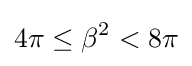
4\pi \leq \beta ^{2}<8\pi